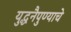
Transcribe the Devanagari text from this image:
युद्धनैपुण्याचे